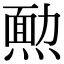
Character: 𤎂